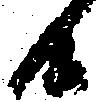
候